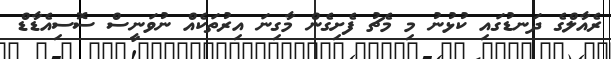
ރެއާލްގެ ދަނޑުގައި ކުޅުނު މި މެޗު ފެށިގެން މާގިނަ އިރުތަކެއް ނުވަނީސް ސޮސިއެޑާޑް